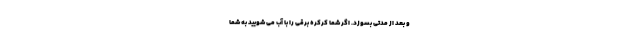
و بعد از مدتی بسوزد. اگر شما کرکره برقی را با آب می شویید به شما